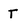
Character: T